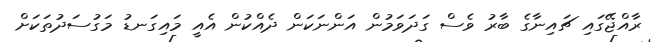
ރާއްޖޭގައި ޗައިނާގެ ބާރު ވެސް ގަދަވަމުން އަންނަކަން ދެއްކުން އެއީ މައިގަނޑު މަގުސަދުތަކަށް